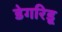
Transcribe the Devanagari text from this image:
डेगरिडू